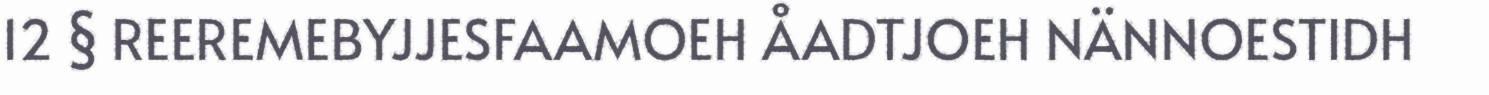
12 § REEREMEBYJJESFAAMOEH ÅADTJOEH NÄNNOESTIDH